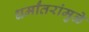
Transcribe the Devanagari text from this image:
धर्मांतरांमुळे